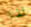
لذا